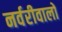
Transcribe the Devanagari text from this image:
नर्वरीवालों